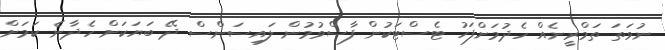
ނުވަތަ ތަމްރީނެއް ހެދުމަށްފަހު ޓެސްޓަކުން ފާސްވުމުން ލައިސަންސް ދޭ ބަޔަކަށް ހެދާނެ ކަމަށް